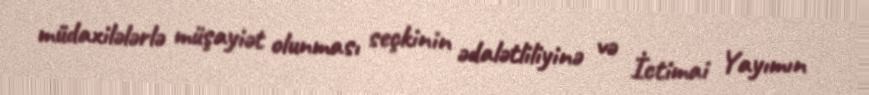
müdaxilələrlə müşayiət olunması seçkinin ədalətliliyinə və İctimai Yayımın